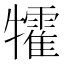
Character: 𤜅